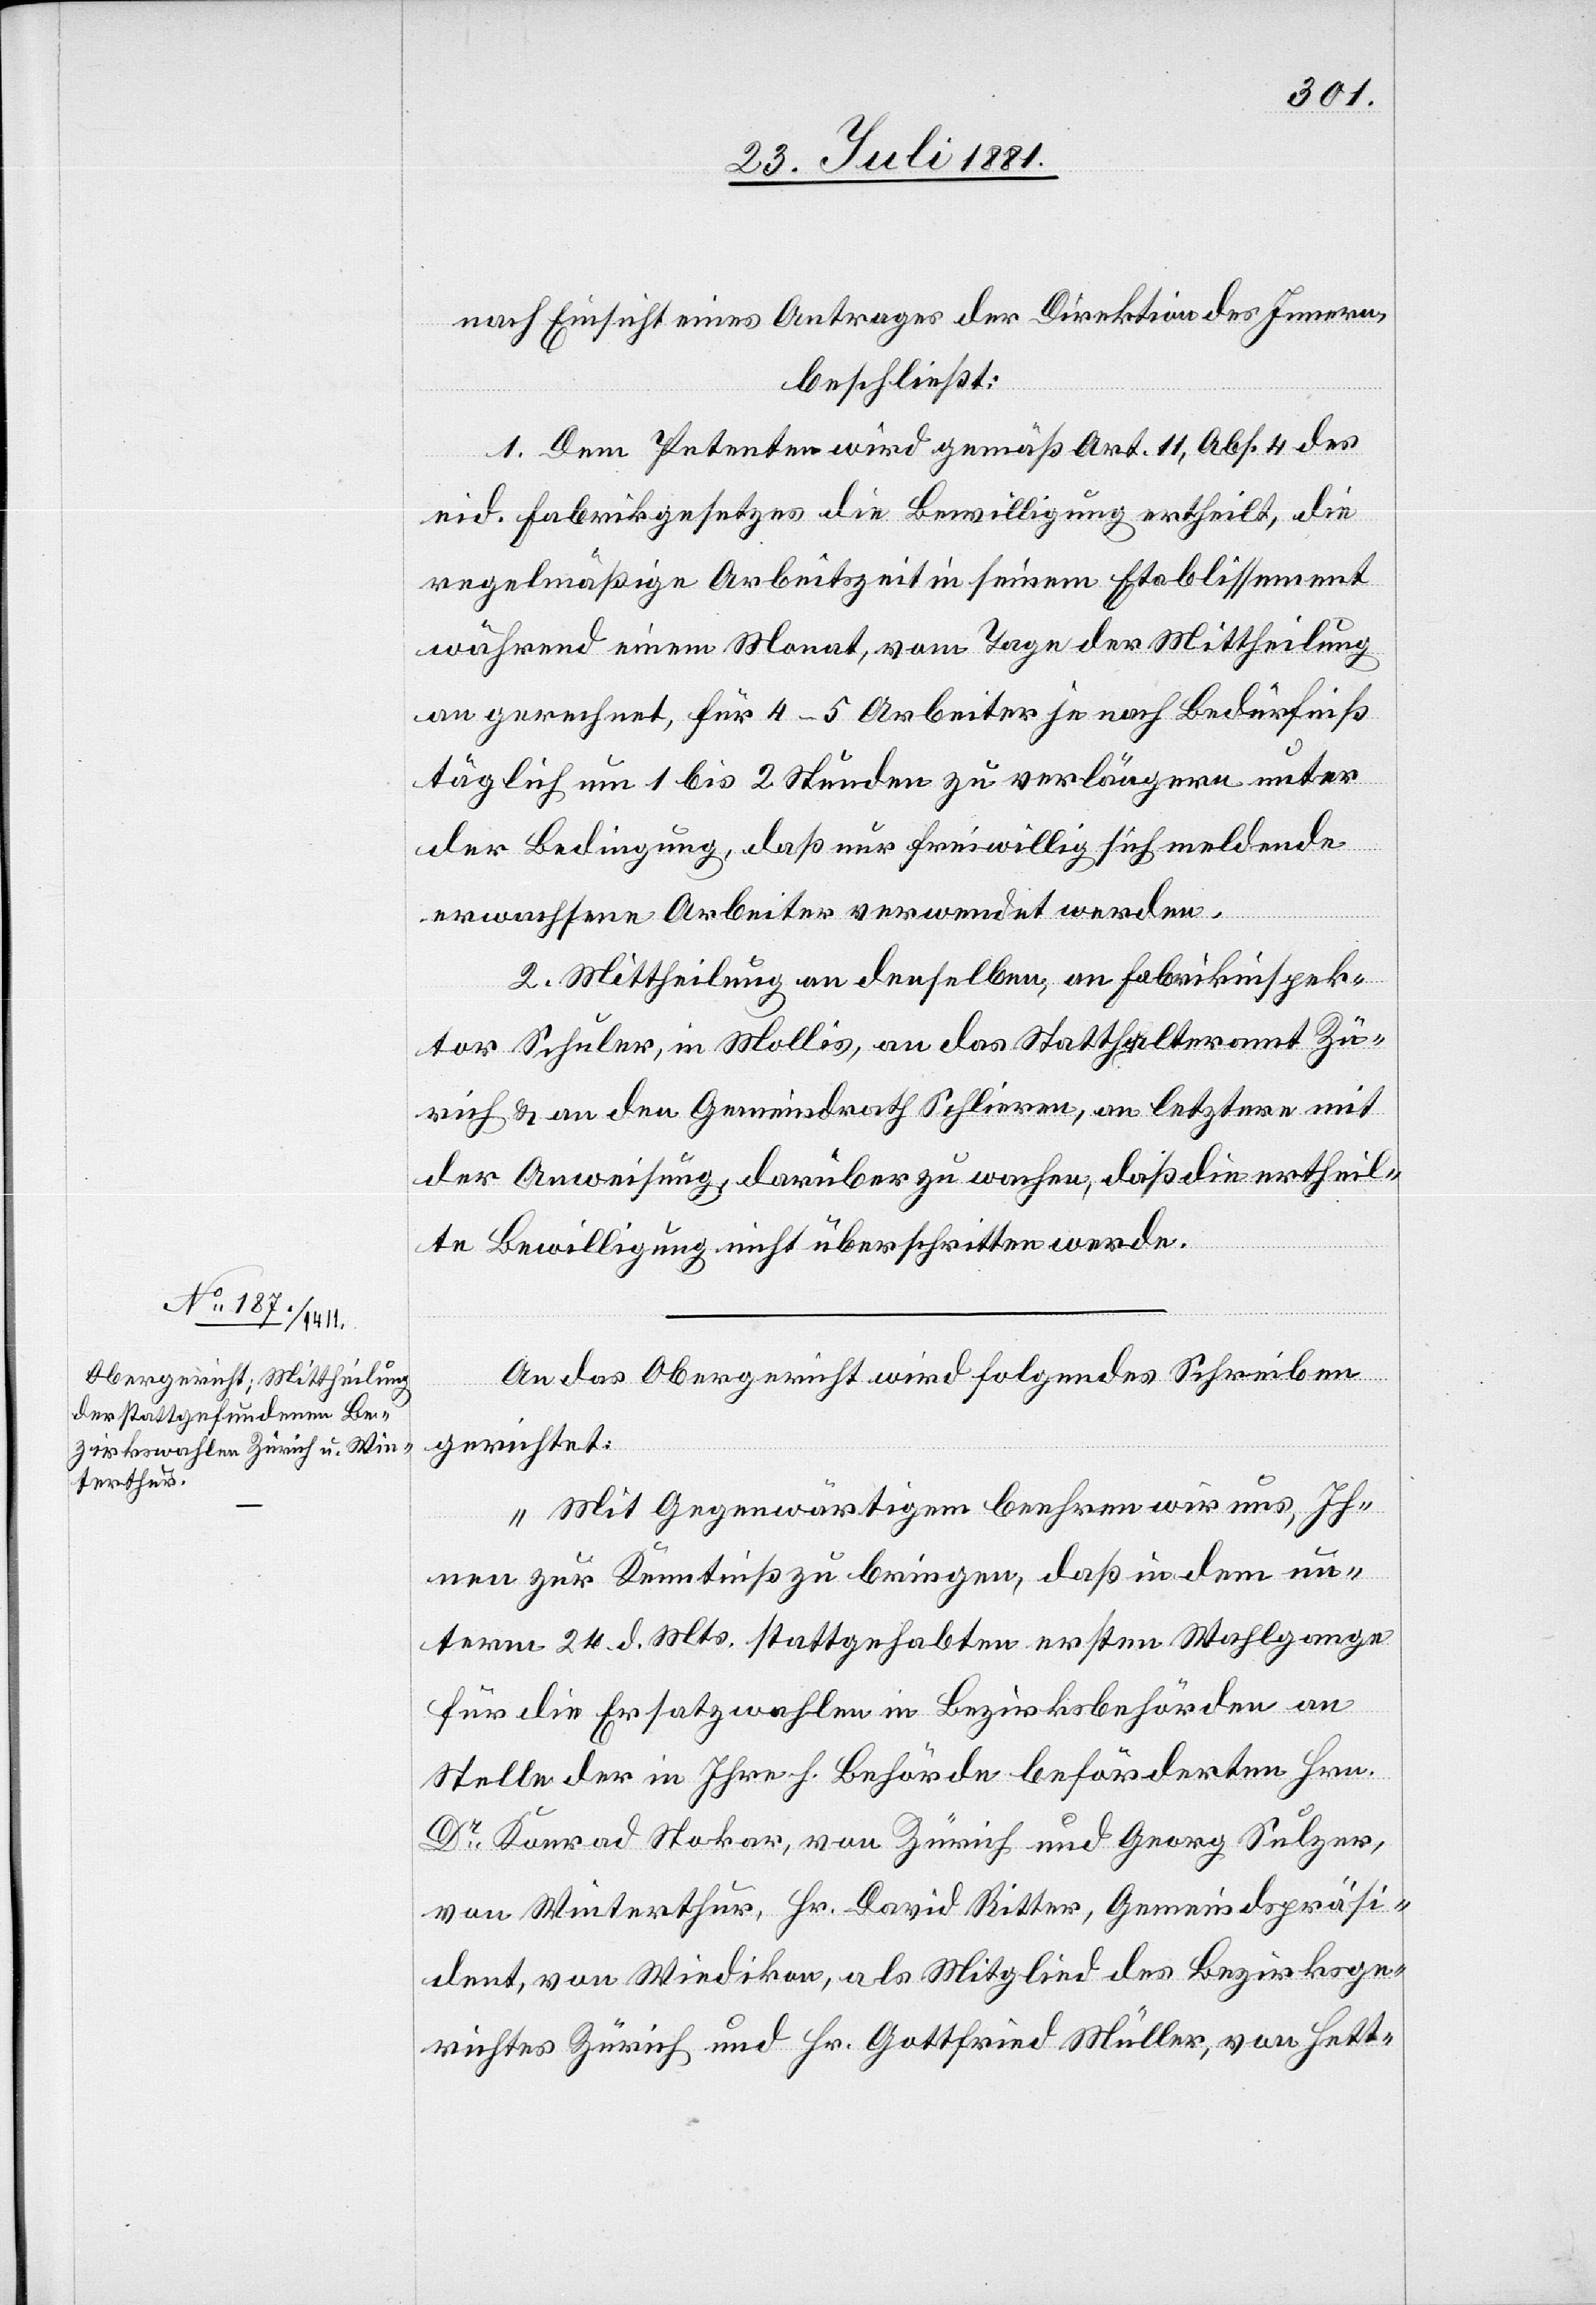
nach Einsicht eines Antrages der Direktion des Innern,
beschließt:
1. Dem Petenten wird gemäß Art. 11, Abs. 4 des
eid. Fabrikgesetzes die Bewilligung ertheilt, die
regelmäßige Arbeitszeit in seinem Etablissement
während einem Monat, vom Tage der Mittheilung
an gerechnet, für 4–5 Arbeiter je nach Bedürfniß
täglich um 1 bis 2 Stunden zu verlängern unter
Juli
der Bedingung, daß nur freiwillig sich meldende
erwachsene Arbeiter verwendet werden.
2. Mittheilung an denselben, an Fabrikinspek¬
tor Schuler, in Mollis, an das Statthalteramt Zü¬
rich & an den Gemeindrath Schlieren, an letztern mit
der Anweisung, darüber zu wachen, daß die ertheil¬
te Bewilligung nicht überschritten werde.
An das Obergericht wird folgendes Schreiben
gerichtet:
„Mit Gegenwärtigem beehren wir uns, Ih¬
nen zur Kenntniß zu bringen, daß in dem un¬
term 24. d. Mts. stattgehabten ersten Wahlgange
für die Ersatzwahlen in Bezirksbehörden an
Stelle der in Ihre h. Behörde beförderten Hrn.
Dr Konrad Stokar, von Zürich und Georg Sulzer,
von Winterthur, Hr. David Ritter, Gemeindspräsi¬
dent, von Wiedikon, als Mitglied des Bezirksge¬
richtes Zürich und Hr. Gottfried Müller, von Hett-